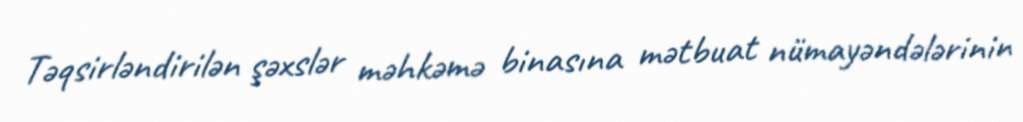
Təqsirləndirilən şəxslər məhkəmə binasına mətbuat nümayəndələrinin